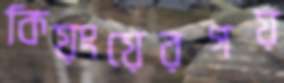
কিয়ংয়েরগয়